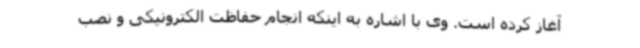
آغاز کرده است. وی با اشاره به اینکه انجام حفاظت الکترونیکی و نصب